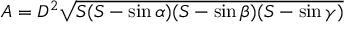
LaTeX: A = D ^ { 2 } { \sqrt { S ( S - \sin \alpha ) ( S - \sin \beta ) ( S - \sin \gamma ) } }